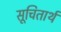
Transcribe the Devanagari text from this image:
सूचितार्थ